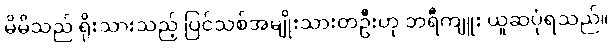
မိမိသည် ရိုးသားသည့် ပြင်သစ်အမျိုးသားတဦးဟု ဘရီကျူး ယူဆပုံရသည်။